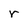
Character: r